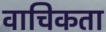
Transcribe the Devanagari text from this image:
वाचिकता